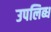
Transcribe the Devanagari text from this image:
उपलिब्ध